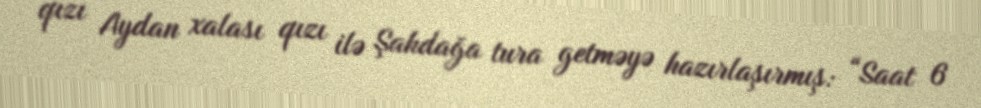
qızı Aydan xalası qızı ilə Şahdağa tura getməyə hazırlaşırmış: “Saat 6